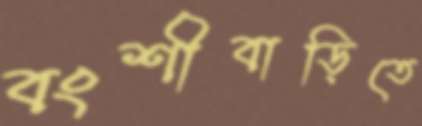
বংশীবাড়িতে